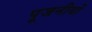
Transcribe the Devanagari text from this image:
पूजनीयों